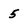
Character: 5